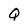
Character: Q